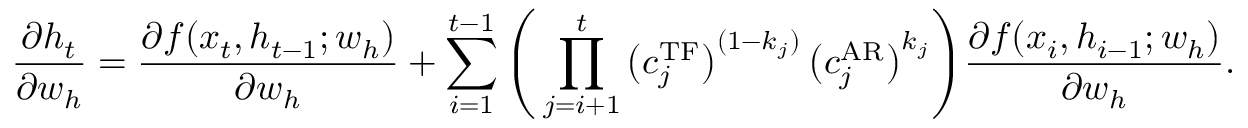
\frac { \partial h _ { t } } { \partial w _ { h } } = \frac { \partial f ( x _ { t } , h _ { t - 1 } ; w _ { h } ) } { \partial w _ { h } } + \sum _ { i = 1 } ^ { t - 1 } \Bigg ( \prod _ { j = i + 1 } ^ { t } \big ( c _ { j } ^ { \operatorname { T F } } \big ) ^ { ( 1 - k _ { j } ) } \, \big ( c _ { j } ^ { \operatorname { A R } } \big ) ^ { k _ { j } } \Bigg ) \frac { \partial f ( x _ { i } , h _ { i - 1 } ; w _ { h } ) } { \partial w _ { h } } .